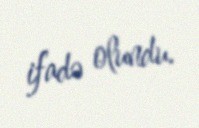
ifadə olundu.